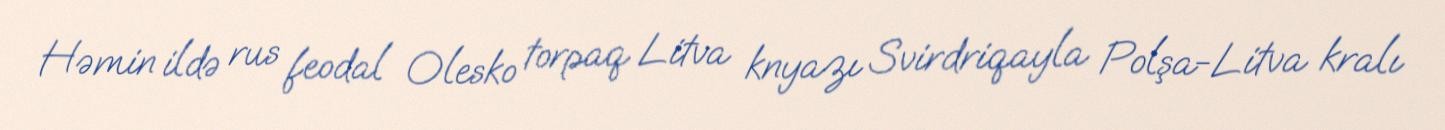
Həmin ildə rus feodal Olesko torpaq Litva knyazı Svirdriqayla Polşa-Litva kralı